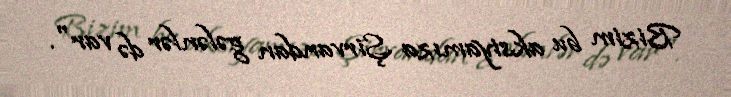
Bizim bu aksiyamıza Şirvandan gələnlər də var".